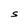
Character: S